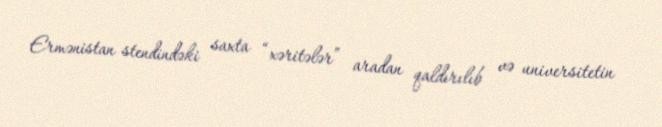
Ermənistan stendindəki saxta “xəritələr” aradan qaldırılıb və universitetin